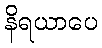
နိရယာပေ